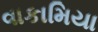
વાકામિયા